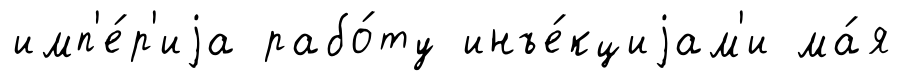
имп'е́р'иjа рабо́ту инъе́кциjам'и ма́я